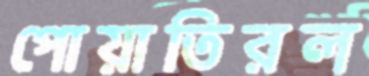
পোয়াতিরল